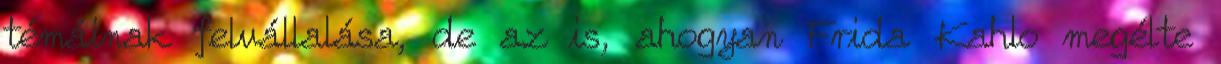
témáinak felvállalása, de az is, ahogyan Frida Kahlo megélte